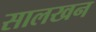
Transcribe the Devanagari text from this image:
सालखन